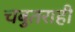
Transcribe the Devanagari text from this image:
चबुतराही